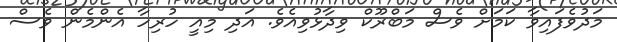
މަދުވެފައިވާ ކަމަށް ވެސް މަބްރޫކް ވިދާޅުވިއެވެ. އަދި މިއީ ހުރިހާ އެންމެން ވެސް